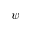
\psi